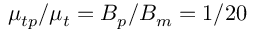
\mu _ { t p } / \mu _ { t } = \ensuremath { B _ { p } } / \ensuremath { B _ { m } } = 1 / 2 0